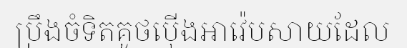
ប្រឹងចំទិតគូថប៉ើងអាវ៉េបសាយដែល